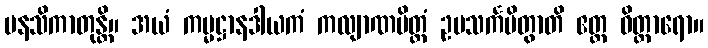
မနသိကာတုန္တိ။ အယံ ကမ္မဋ္ဌာနဒါယကံ ကလျာဏမိတ္တံ ဥပသင်္ကမိတွာတိ ဧတ္ထ ဝိတ္ထာရော။